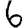
Digit: 6